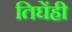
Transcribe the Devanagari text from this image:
तिघेंही